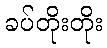
ခပ်တိုးတိုး